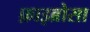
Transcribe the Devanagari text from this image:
फ़ाइब्रोसा